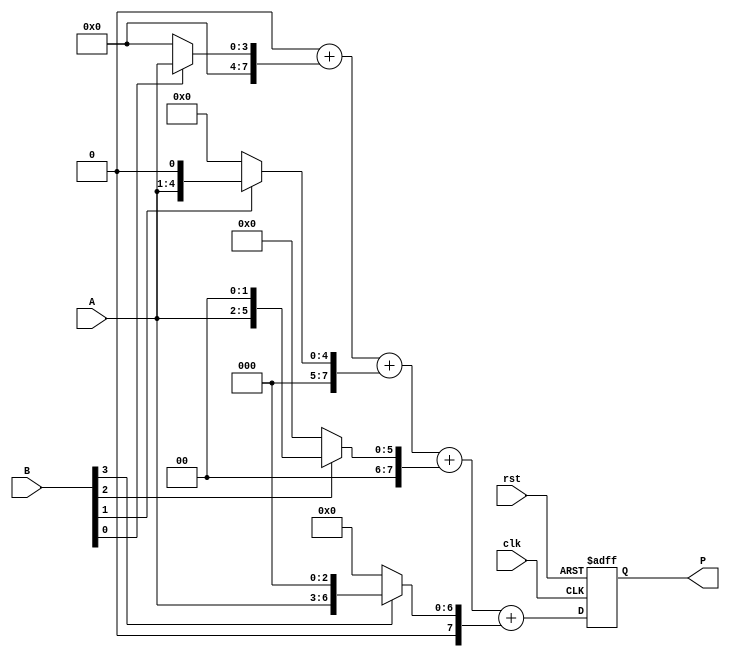
module vedic_multiplier #(parameter N = 4) (
    input wire [N-1:0] A,     // Input A
    input wire [N-1:0] B,     // Input B
    input wire clk,           // Clock signal
    input wire rst,           // Reset signal
    output reg [2*N-1:0] P    // Product output
);

    reg [2*N-1:0] partial_products [0:N-1]; // Array to hold partial products
    reg [2*N-1:0] sum;                       // Sum of partial products
    integer i, j;

    // Generate partial products
    always @(posedge clk or posedge rst) begin
        if (rst) begin
            P <= 0;
            sum <= 0;
        end else begin
            // Initialize sum
            sum = 0;

            // Generate partial products
            for (i = 0; i < N; i = i + 1) begin
                if (B[i]) begin
                    partial_products[i] = A << i; // Shift A by i if B[i] is 1
                end else begin
                    partial_products[i] = 0; // Zero if B[i] is 0
                end
            end

            // Crosswise addition of partial products
            for (j = 0; j < N; j = j + 1) begin
                sum = sum + partial_products[j];
            end

            // Assign the final product
            P <= sum;
        end
    end
endmodule